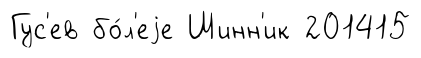
Гус'ев бо́л'еjе Шинн'ик 201415